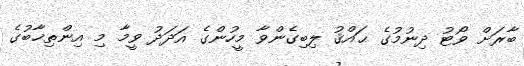
ބާރަށް ވޯޓު ދިނުމުގެ ޙައްޤު ލިބިގެންވާ މީހުންގެ އަދަދު ވީމާ މި އިންތިޚާބުގެ